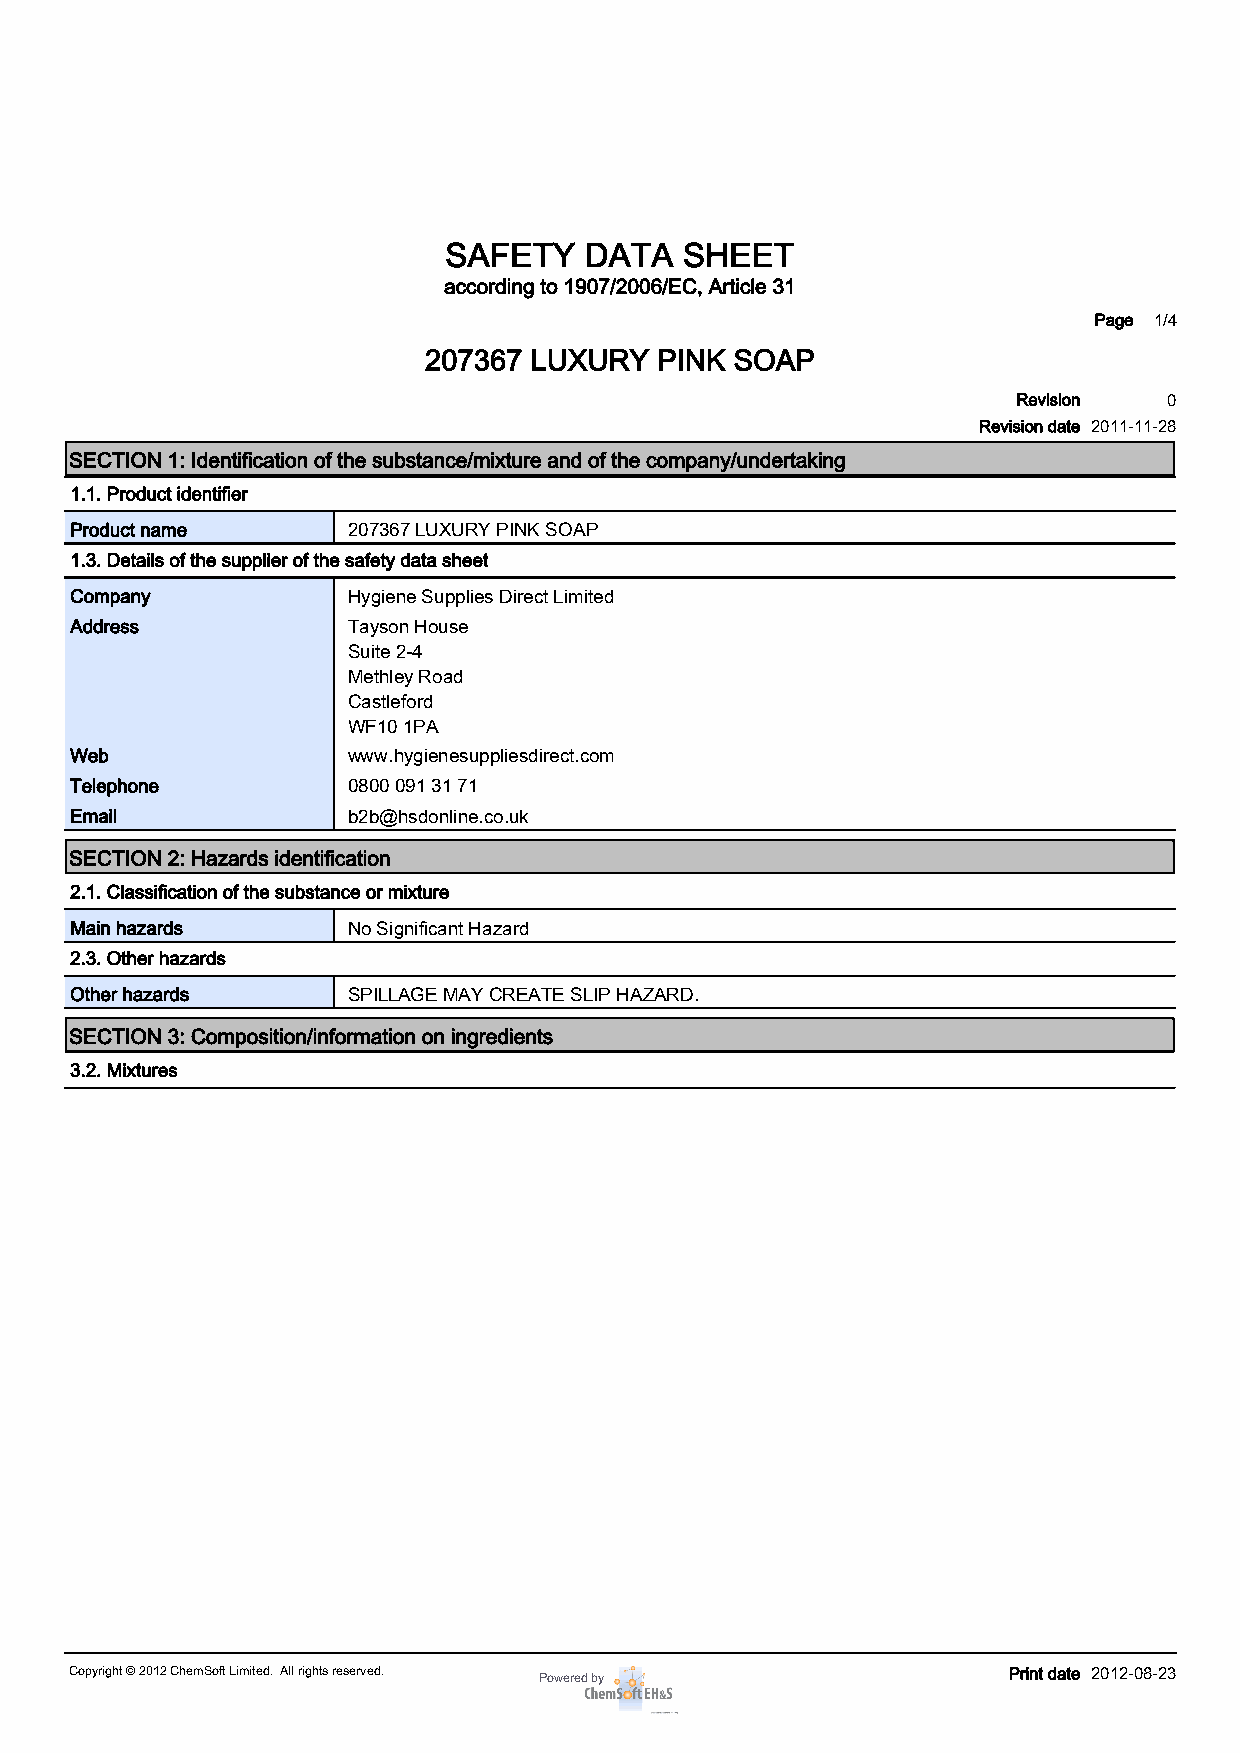
SAFETY    DATA  SHEET
 according to 1907/2006/EC, Article 31
 Page 1/4
 207367 LUXURY  PINK  SOAP
 Revision  0
 Revision date 2011-11-28
 SECTION 1: Identification of the substance/mixture and of the company/undertaking
 1.1. Product identifier
 Product name      207367 LUXURY PINK SOAP
 1.3. Details of the supplier of the safety data sheet
 Company           Hygiene Supplies Direct Limited
 Address           Tayson House
 Suite 2-4
 Methley Road
 Castleford
 WF10 1PA
 Web               www.hygienesuppliesdirect.com
 Telephone         0800 091 31 71
 Email             b2b@hsdonline.co.uk
 SECTION 2: Hazards identification
 2.1. Classification of the substance or mixture
 Main hazards      No Significant Hazard
 2.3. Other hazards
 Other hazards     SPILLAGE MAY CREATE SLIP HAZARD.
 SECTION 3: Composition/information on ingredients
 3.2. Mixtures
 Copyright © 2012 ChemSoft Limited. All rights reserved. Powered by Print date 2012-08-23